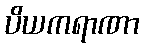
ပိယကရာဏာ